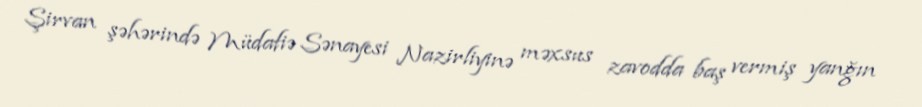
Şirvan şəhərində Müdafiə Sənayesi Nazirliyinə məxsus zavodda baş vermiş yanğın